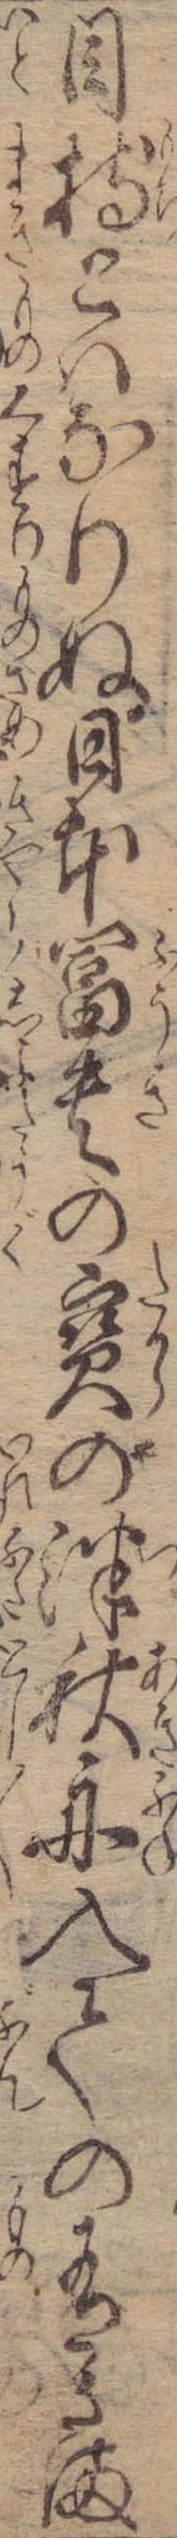
目持とはなりぬ日本富貴の宝の津秋舟入ての有さま